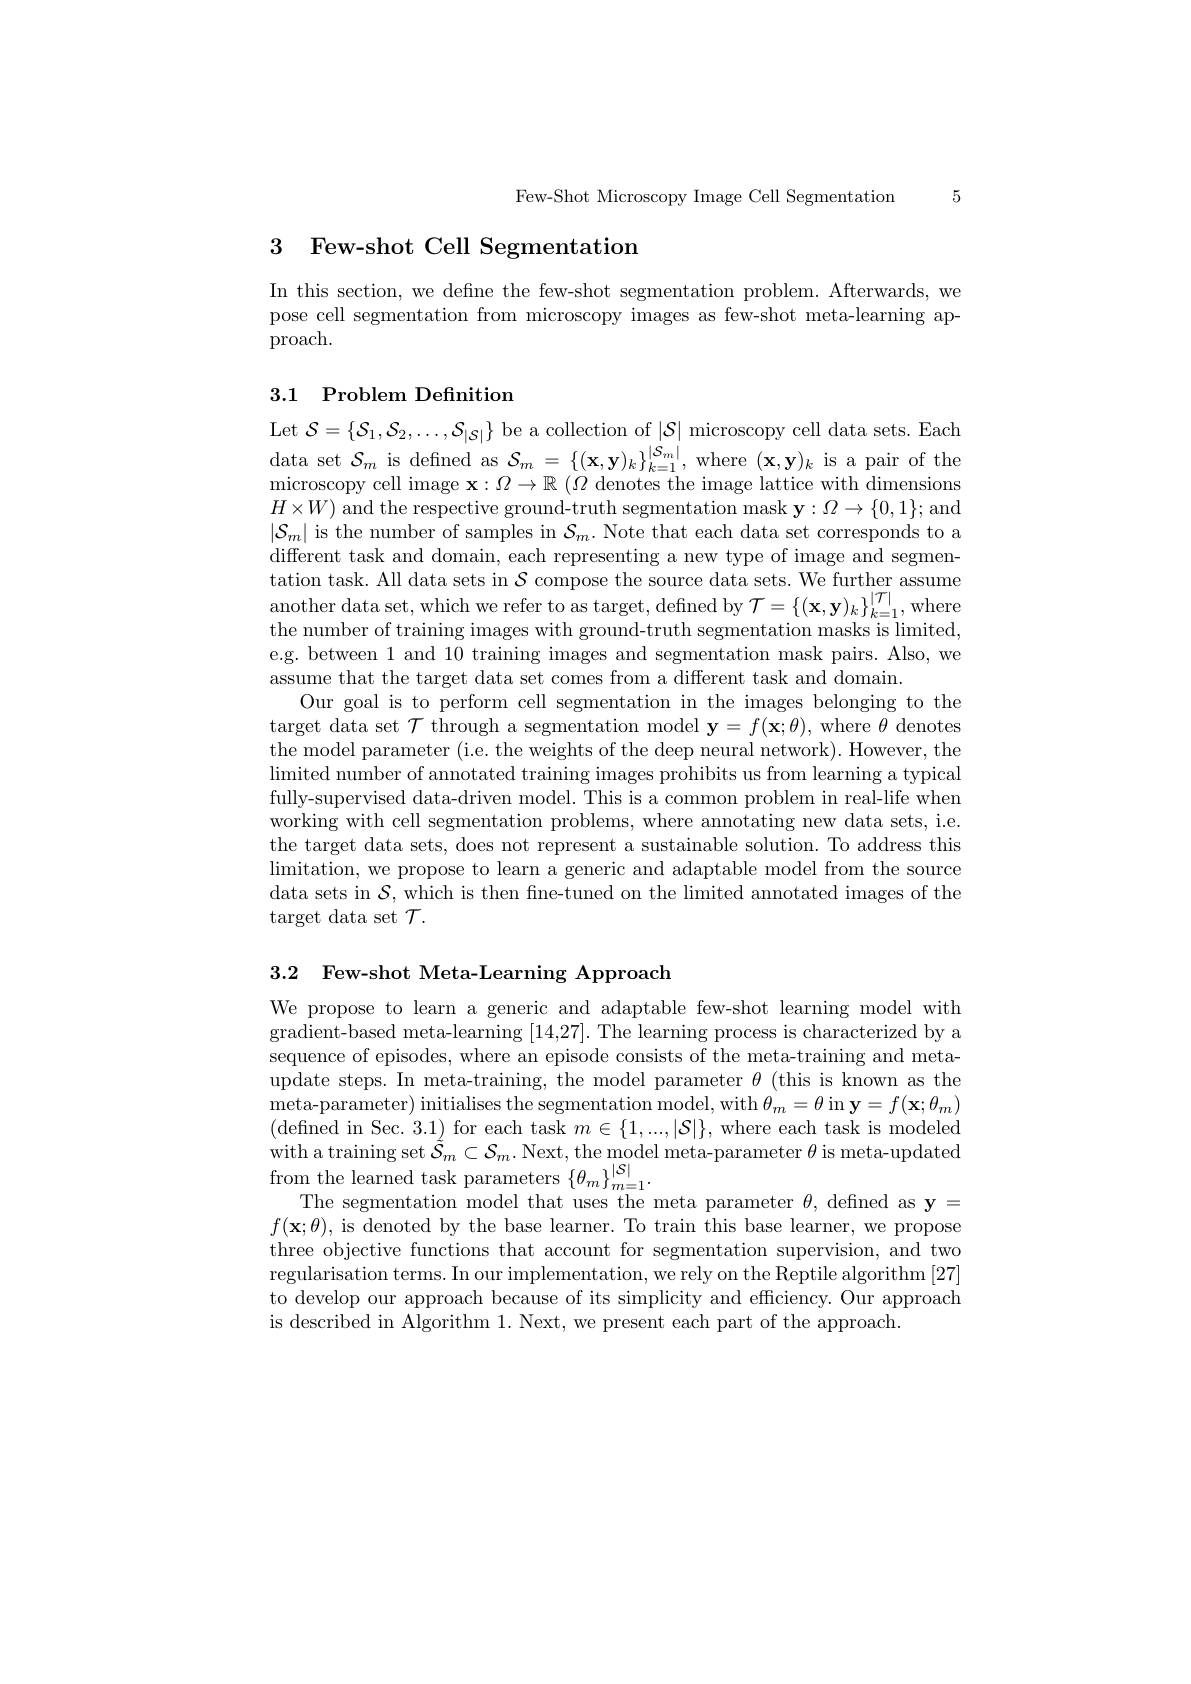
Few-Shot Microscopy Image Cell Segmentation 5

# 3 Few-shot Cell Segmentation

In this section, we define the few-shot segmentation problem. Afterwards, we pose cell segmentation from microscopy images as few-shot meta-learning approach.

## 3.1 Problem Definition

Let $\mathcal{S}=\{\mathcal{S}_{1},\mathcal{S}_{2},\ldots,\mathcal{S}_{|\mathcal{S}|}\}$ be a collection of $|\mathcal{S}|$ microscopy cell data sets. Each
$\begin{array}{l}{\mathrm{a~set~}\mathcal{S}_{m}}&{\mathrm{is~defined~as~}\mathcal{S}_{m}=\{(\mathbf{x},\mathbf{y})_{k}\}_{k=1}^{|\mathcal{S}_{m}|},\mathrm{~where~}(\mathbf{x},\mathbf{y})_{k}}&{\mathrm{is~a~pair~of~the}}\\{\mathrm{roscopy~cell~image~x:~}\Omega\to\mathbb{R~}(\Omega\text{ denotes the image lattice with}&{\mathrm{dimensions}}}\end{array}$ $H\times W)$ and the respective ground-truth segmentation mask $\mathbf{y}:\Omega\to\{0,1\};$and $|\mathcal{S}_m|$ is the number of samples in $\mathcal{S}_m.$ Note that each data set corresponds to a different task and domain, each representing a new type of image and segmentation task. All data sets in $\mathcal{S}$ compose the source data sets. We further assume another data set, which we refer to as target, defined by$\mathcal{T} = \{ ( \mathbf{x} , \mathbf{y} ) _k\} _{k= 1}^{| \mathcal{T} | }$, where the number of training images with ground-truth segmentation masks is limited, e.g. between 1 and 10 training images and segmentation mask pairs. Also, we assume that the target data set comes from a different task and domain.
Our goal is to perform cell segmentation in the images belonging to the target data set $\mathcal{T}$ through a segmentation model $\mathbf{y}=f(\mathbf{x};\theta)$, where $\theta$ denotes the model parameter (i.e. the weights of the deep neural network). However, the $\operatorname*{limited}$ number of annotated training images prohibits us from learning a typical fully-supervised data-driven model. This is a common problem in real-life when working with cell segmentation problems, where annotating new data sets, i.e. the target data sets, does not represent a sustainable solution. To address this $\operatorname*{limitation,~we~propose~to~learn~a~generic~and~adaptable~model~from~the~source}$ data sets in $\mathcal{S}$, which is then fne-tuned on the limited annotated images of the target data set $\mathcal{T}.$

3.2 Few-shot Meta-Learning Approach

We propose to learn a generic and adaptable few-shot learning model with gradient-based meta-learning [14,27]. The learning process is characterized by a sequence of episodes, where an episode consists of the meta-training and metaupdate steps. In meta-training, the model parameter $\theta$ (this is known as the $\begin{array}{c}\mathrm{meta-parameter)~initialises~the~segmentation~model,~with~}\theta_{m}=\theta\operatorname{in~y=f(\mathbf{x};\theta_{m})}\end{array}$ (defined in Sec. 3.1) for each task $m\in\{1,...,|\mathcal{S}|\}$, where each task is modeled with a training set $\tilde{\mathcal{S}}_m\subset\mathcal{S}_m.$ Next, the model meta-parameter $\theta$ is meta-updated $\begin{array}{c}{\mathrm{min~u~un~unng~uct~}}\\{\mathrm{from~the~learned~task~parameters~}}&{\{\theta_{m}\}_{m=1}^{|S|}.}\\{\mathrm{Tho~cormontotion~modol~thot~uon~tho~tho~}}\end{array}$
The segmentation model that uses the meta parameter $\theta$, defined as y = $f(\mathbf{x};\theta)$,is denoted by the base learner. To train this base learner, we propose three objective functions that account for segmentation supervision, and two regularisation terms. In our implementation, we rely on the Reptile algorithm [27] to develop our approach because of its simplicity and efficiency. Our approach is described in Algorithm 1. Next, we present each part of the approach.